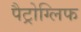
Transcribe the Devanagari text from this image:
पैट्रोग्लिफ